Punjab Mental Hospital Lahore 1922-31 - 1922-1931
Year: 1922
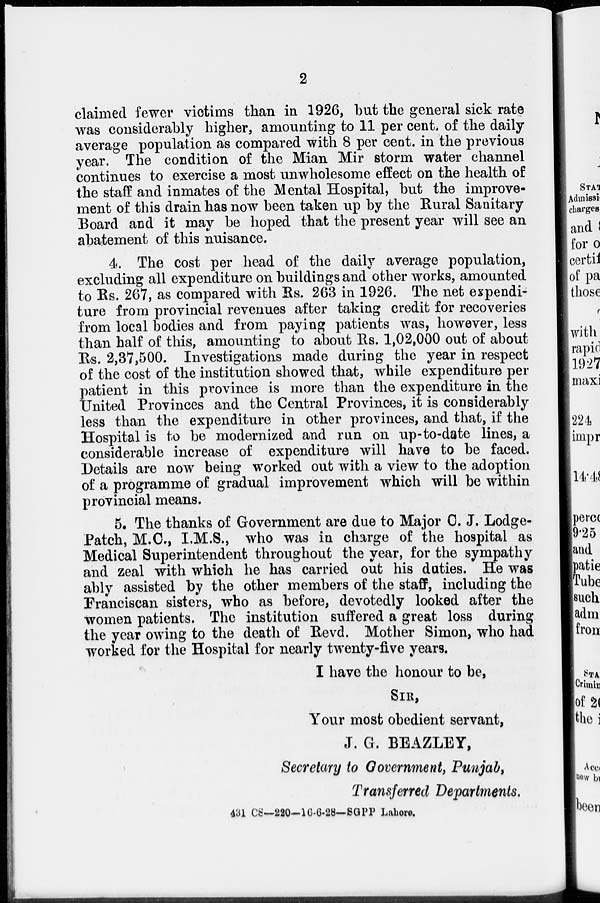
2
claimed fewer victims than in 1926, but the general sick rate
was considerably higher, amounting to 11 per cent. of the daily
average population as compared with 8 per cent. in the previous
year. The condition of the Mian Mir storm water channel
continues to exercise a most unwholesome effect on the health of
the staff and inmates of the Mental Hospital, but the improve-
ment of this drain has now been taken up by the Rural Sanitary
Board and it may be hoped that the present year will see an
abatement of this nuisance.
4. The cost per head of the daily average population,
excluding all expenditure on buildings and other works, amounted
to Rs. 267, as compared with Rs. 263 in 1926. The net expendi-
ture from provincial revenues after taking credit for recoveries
from local bodies and from paying patients was, however, less
than half of this, amounting to about Rs. 1,02,000 out of about
Rs. 2,37,500. Investigations made during the year in respect
of the cost of the institution showed that, while expenditure per
patient in this province is more than the expenditure in the
United Provinces and the Central Provinces, it is considerably
less than the expenditure in other provinces, and that, if the
Hospital is to be modernized and run on up-to-date lines, a
considerable increase of expenditure will have to be faced.
Details are now being worked out with a view to the adoption
of a programme of gradual improvement which will be within
provincial means.
5. The thanks of Government are due to Major C. J. Lodge-
Patch, M.C., I.M.S., who was in charge of the hospital as
Medical Superintendent throughout the year, for the sympathy
and zeal with which he has carried out his duties. He was
ably assisted by the other members of the staff, including the
Franciscan sisters, who as before, devotedly looked after the
women patients. The institution suffered a great loss during
the year owing to the death of Revd. Mother Simon, who had
worked for the Hospital for nearly twenty-five years.
I have the honour to be,
SIR,
Your most obedient servant,
J. G. BEAZLEY,
Secretary to Government, Punjab,
Transferred Departments.
431 CS—220-16-6-28—SGPP Lahore.